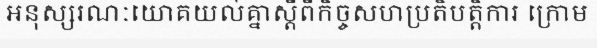
អនុស្សរណៈយោគយល់គ្នាស្តីពីកិច្ចសហប្រតិបត្តិការ ក្រោម